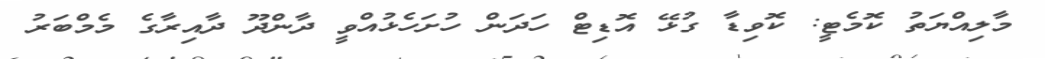
މާލިއްޔަތު ކޮމެޓީ: ކޮވިޑާ ގުޅޭ އޮޑިޓް ހަދަން ހުށަހެޅުއްވީ ދާންދޫ ދާއިރާގެ މެމްބަރު